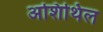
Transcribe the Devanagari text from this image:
अशिथिल